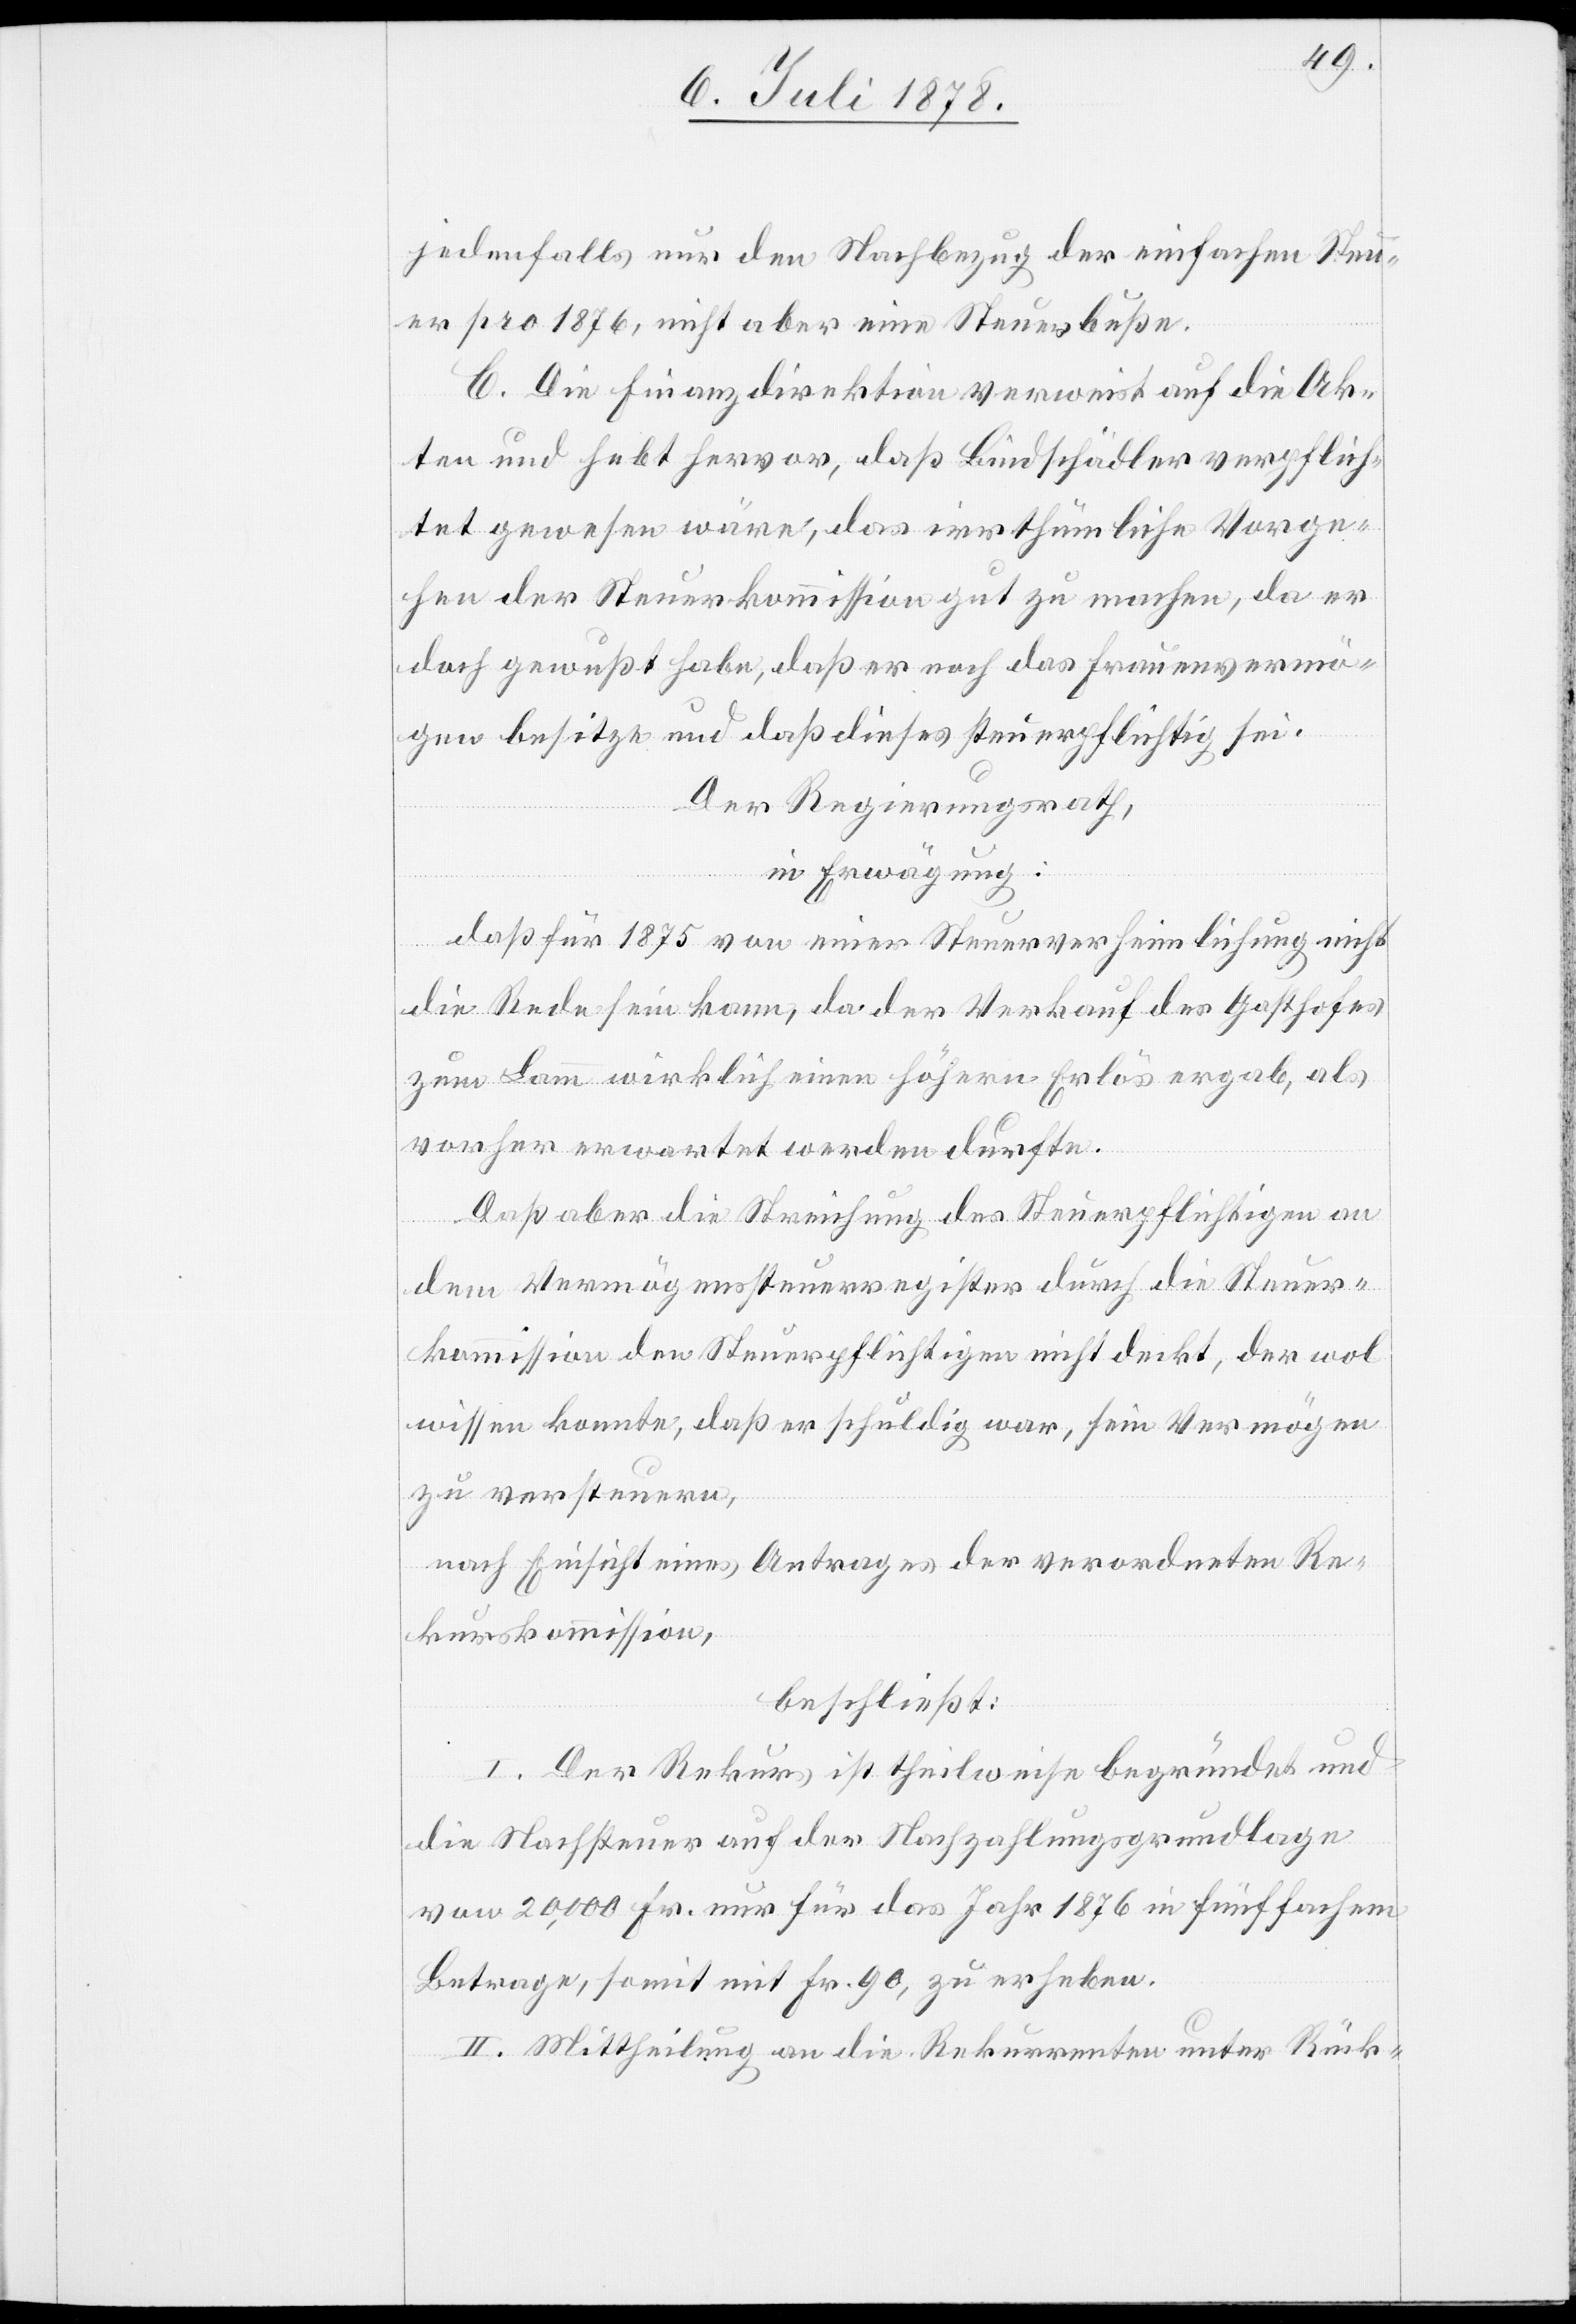
jedenfalls nur den Nachbezug der einfachen Steu¬
er pro 1876, nicht aber eine Steuerbuße.
C. Die Finanzdirektion verweist auf die Ak¬
ten und hebt hervor, daß Bindschädler verpflich¬
tet gewesen wäre, das irrthümliche Vorge¬
hen der Steuerkommission gut zu machen, da er
doch gewußt habe, daß er noch das Frauenvermö¬
gen besitze und daß dieses steuerpflichtig sei.
Der Regierungsrath,
in Erwägung:
daß für 1875 von einer Steuerverheimlichung nicht
die Rede sein kann, da der Verkauf des Gasthofes
zum Lamm wirklich einen höhern Erlös ergab, als
vorher erwartet werden durfte.
Daß aber die Streichung des Steuerpflichtigen an
dem Vermögenssteuerregister durch die Steuer¬
kommission der Steuerpflichtigen nicht deckt, der wol
wissen konnte, daß er schuldig war, sein Vermögen
zu versteuern,
nach Einsicht eines Antrages der verordneten Re¬
kurskommission,
beschließt:
I. Der Rekurs ist theilweise begründet und
die Nachsteuer auf der Nachzahlungsgrundlage
von 20,000 Fr. nur für das Jahr 1876 in fünffachem
Betrage, somit mit Fr. 90, zu erheben.
II. Mittheilung an die Rekurrenten unter Rück-